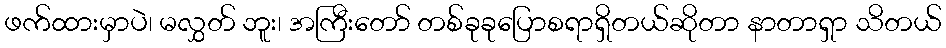
ဖက်ထားမှာပဲ၊ မလွှတ် ဘူး၊ အကြီးတော် တစ်ခုခုပြောစရာရှိတယ်ဆိုတာ နာတာရှာ သိတယ်